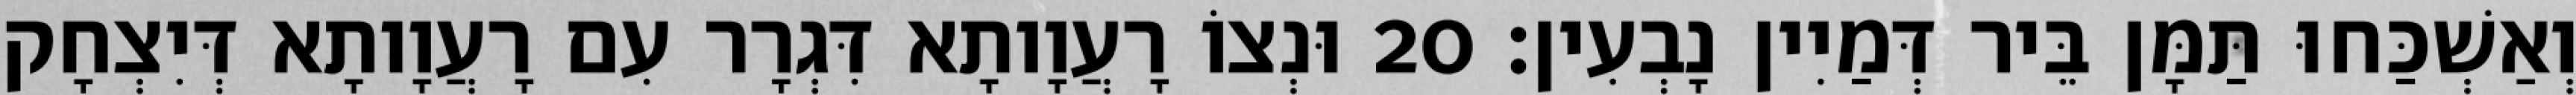
וְאַשְׁכַּחוּ תַּמָּן בֵּיר דְּמַיִין נָבְעִין׃ 20 וּנְצוֹ רָעֲוָותָא דִּגְרָר עִם רָעֲוָותָא דְּיִצְחָק